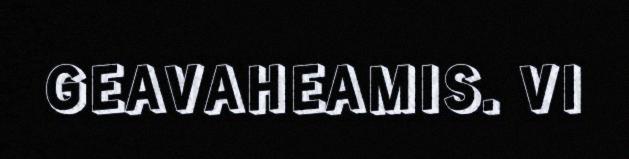
GEAVAHEAMIS. VI